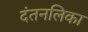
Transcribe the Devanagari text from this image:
दंतनलिका